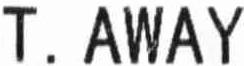
T. AWAY